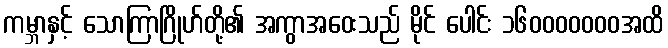
ကမ္ဘာနှင့် သောကြာဂြိုဟ်တို့၏ အကွာအဝေးသည် မိုင် ပေါင်း ၁၆၀၀၀၀၀၀၀အထိ